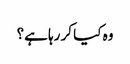
وہ کیا کر رہا ہے؟